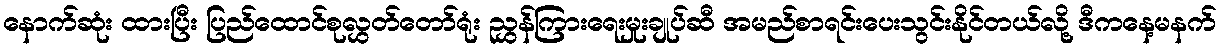
နောက်ဆုံး ထားပြီး ပြည်ထောင်စုလွှတ်တော်ရုံး ညွှန်ကြားရေးမှုးချုပ်ဆီ အမည်စာရင်းပေးသွင်းနိုင်တယ်လို့ ဒီကနေ့မနက်